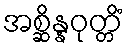
အစ္ဆိန္နဝုတ္တိံ